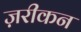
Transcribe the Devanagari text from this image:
ज़रीकन